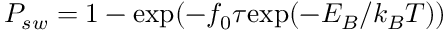
P _ { s w } = 1 - \mathrm { e x p } ( - f _ { 0 } \tau \mathrm { e x p } ( - E _ { B } / k _ { B } T ) )